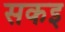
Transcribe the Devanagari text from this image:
सकइ